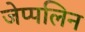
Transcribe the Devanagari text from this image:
जेप्पलिन